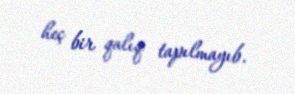
heç bir qalıq tapılmayıb.